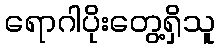
ရောဂါပိုးတွေ့ရှိသူ